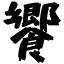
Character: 饗